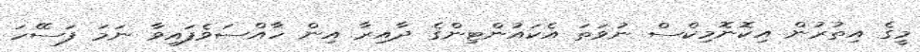
މީގެ އިތުރުން އިކޮނޮމިކްސް ނުވަތަ އެކައުންޓިންގެ ދާއިރާ އިން ހާއްސަވެފައިވާ ނަމަ ފަސޭހަ